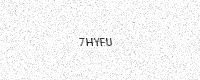
Text: 7HYFU